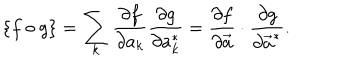
LaTeX: \{ f \circ g \} = \sum _ { k } { \frac { \partial f } { \partial a _ { k } } } { \frac { \partial g } { \partial a _ { k } ^ { * } } } = { \frac { \partial f } { \partial { \vec { a } } } } \cdot { \frac { \partial g } { \partial { \vec { a } } ^ { * } } } .